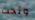
وتحت